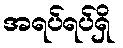
အရပ်ရပ်ရှိ